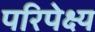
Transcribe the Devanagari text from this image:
परिपेक्ष्‍य